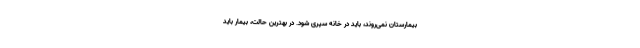
بیمارستان نمی‌روند، باید در خانه سپری شود. در بهترین حالت، بیمار باید